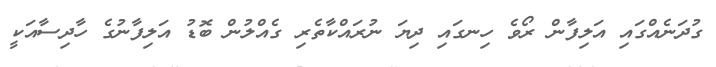
ގުދަނެއްގައި އަލިފާން ރޯވެ ހިނގައި ދިޔަ ނުރައްކާތެރި ގެއްލުން ބޮޑު އަލިފާނުގެ ހާދިސާއަކީ